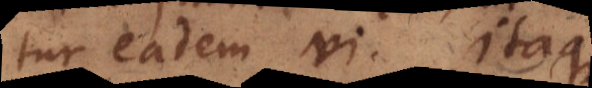
ntur eadem vi. Itaque